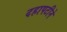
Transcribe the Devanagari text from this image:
दहापटीने